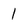
Character: 1